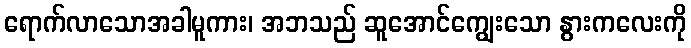
ရောက်လာသောအခါမူကား၊ အဘသည် ဆူအောင်ကျွေးသော နွားကလေးကို